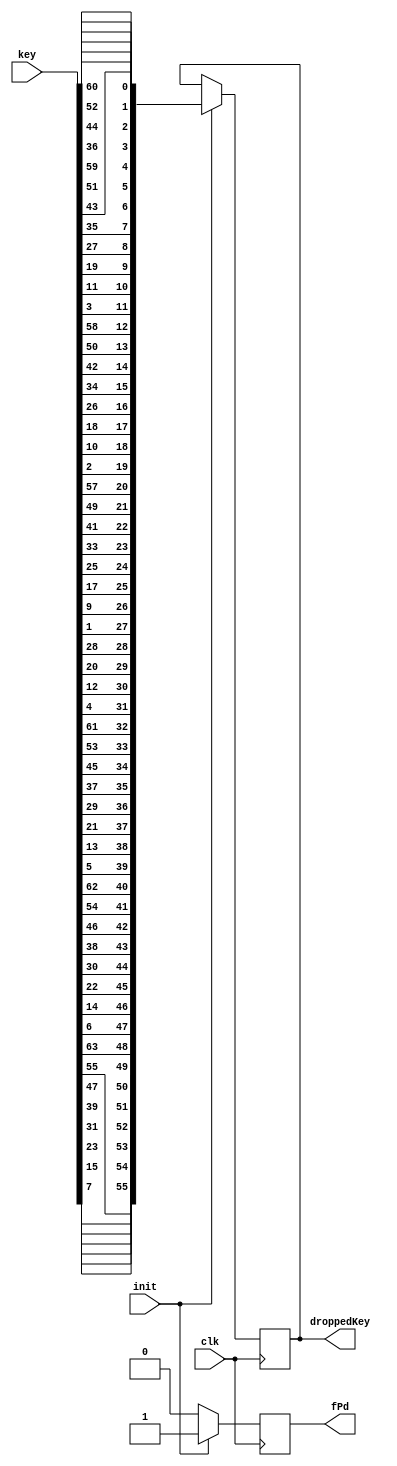
module PD(
  input clk, init,
  output reg fPd,
  input wire [0:63] key,
  output reg [55:0] droppedKey
);
//	reg [55:0] data;
//	reg f;
//	assign droppedKey = data;
//	assign fInit = f;

//	always @(posedge init)
//		fPd <= 1'b0;
		
	always @(posedge clk) begin
//			data <= {key[62:56], key[54:48], key[46:40], key[38:32], key[30:24], key[22:16], key[14:8], key[6:0]};
		if (init) begin
//			droppedKey <= { 
//								 key[3],  key[11], key[19], key[27], key[4],  key[12], key[20], key[28], 
//								 key[36], key[44], key[52], key[60], key[5],  key[13], key[21], key[29],
//								 key[37], key[45], key[53], key[61], key[6],  key[14], key[22], key[30],
//								 key[38], key[46], key[54], key[62], key[35], key[43], key[51], key[59],
//								 key[2],  key[10], key[18], key[26], key[34], key[42], key[50], key[58],
//								 key[1],  key[9],  key[17], key[25], key[33], key[41], key[49], key[57],
//								 key[0],  key[8],  key[16], key[24], key[32], key[40], key[48], key[56]
//								};
			
			droppedKey <= { 
								 key[56],  key[48], key[40], key[32], key[24],  key[16], key[8], key[0], 
								 key[57], key[49], key[41], key[33], key[25],  key[17], key[9], key[1],
								 key[58], key[50], key[42], key[34], key[26],  key[18], key[10], key[2],
								 key[59], key[51], key[43], key[35], key[62], key[54], key[46], key[38],
								 key[30],  key[22], key[14], key[6], key[61], key[53], key[45], key[37],
								 key[29],  key[21],  key[13], key[5], key[60], key[52], key[44], key[36],
								 key[28],  key[20],  key[12], key[4], key[27], key[19], key[11], key[3]
								};
			fPd <= 1'b1;
		end else begin
			fPd <= 1'b0;
		end
	end
//			data <= {key[63:57], key[55:49], key[47:41], key[39:33], key[31:25], key[23:17], key[15:9], key[7:1]};

endmodule